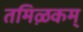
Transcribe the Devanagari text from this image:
तमिऴकम्